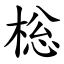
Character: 棇